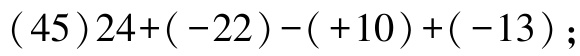
\((45)24+(-22)-(+10)+(-13)\);